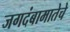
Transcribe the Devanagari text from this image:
जगदंबामातेचे